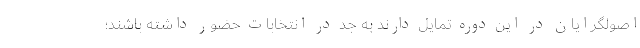
اصولگرایان در این دوره تمایل دارند به جد در انتخابات حضور داشته باشند؛